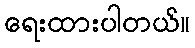
ရေးထားပါတယ်။